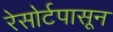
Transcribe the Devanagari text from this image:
रेसोर्टपासून